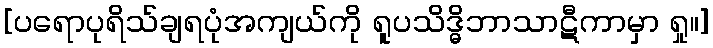
[ပရောပုရိသ်ချရပုံအကျယ်ကို ရူပသိဒ္ဓိဘာသာဋီကာမှာ ရှု။]